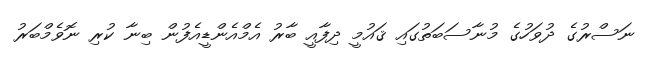
ނަސްރުގެ ދުވަހުގެ މުނާސަބަތުގައި ޤައުމީ ދިފާއީ ބާރު އެމްއެންޑީއެފުން ބިނާ ކުރި ނޮވެމްބަރު